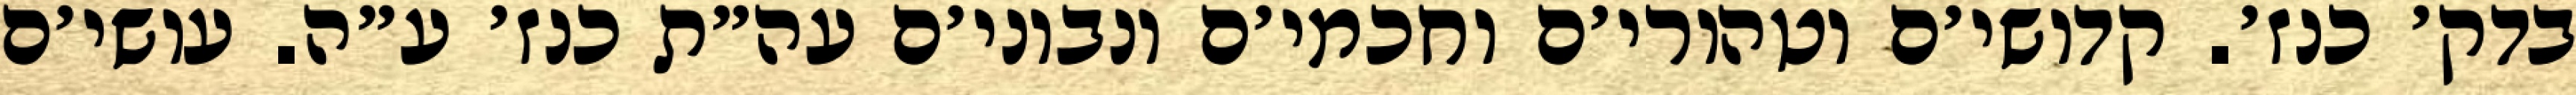
בדק׳ כנז׳. קדושי׳ם וטהורי׳ם וחכמי׳ם ונבוני׳ם עה״ת כנז׳ ע״ה. עושי׳ם